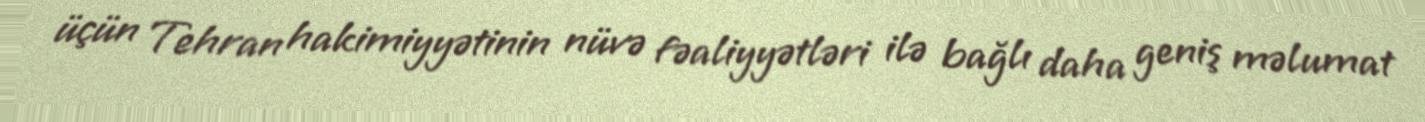
üçün Tehran hakimiyyətinin nüvə fəaliyyətləri ilə bağlı daha geniş məlumat